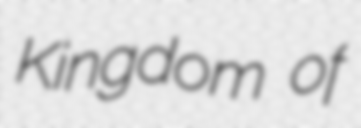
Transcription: Kingdom of